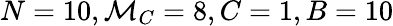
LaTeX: N=10,\mathcal{M}_{C}=8,C=1,B=10